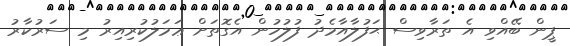
ޕީން ބޭއްވި އެ ތަރާވިސް ޙަފުލާއާމެދު ފުލުހުން އެގޮތަށް ޢަމަލުކުރިއިރު މި ސަރުކާރު